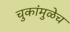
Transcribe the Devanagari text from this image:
चुकांमुळेच